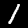
Digit: 1